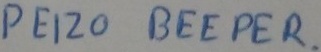
Text: PEIZO BEEPER